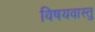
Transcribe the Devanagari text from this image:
विषयवास्तु